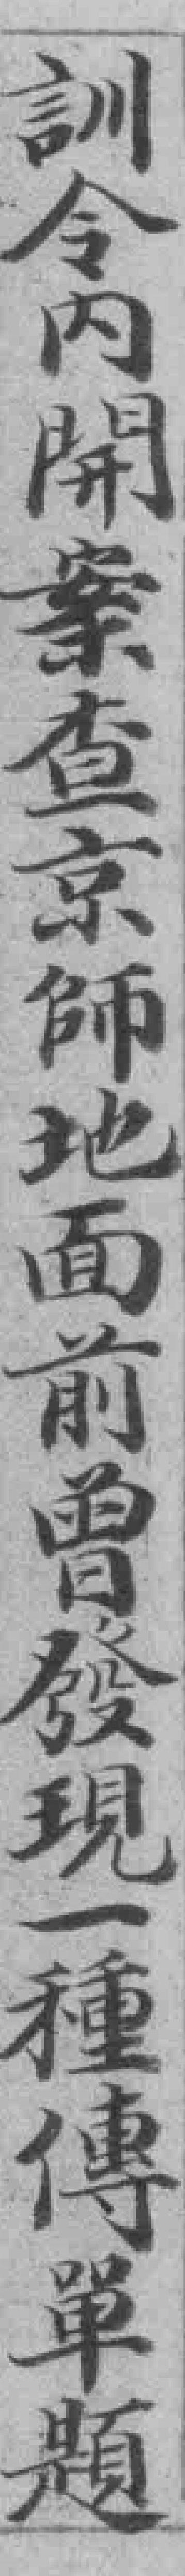
訓令内開案查京師地面前曾發現一種傳單題